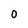
Character: 0